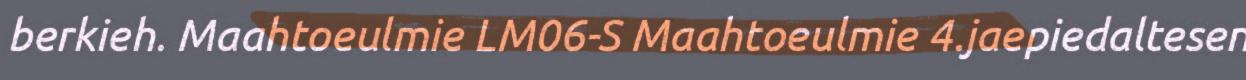
berkieh. Maahtoeulmie LM06-S Maahtoeulmie 4.jaepiedaltesen